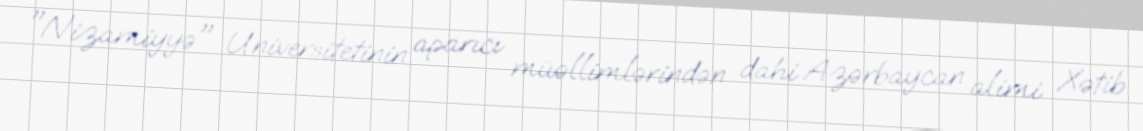
"Nizamiyyə" Universitetinin aparıcı müəllimlərindən dahi Azərbaycan alimi Xətib